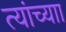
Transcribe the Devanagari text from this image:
त्यांच्याा